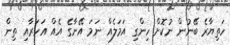
ހަތިޔާރެ ބޭނުން ނުކޮށް ހިންގި އަމަލެއް ނަމަ އޭނާގެ އެއް އަހަރާއި ތިން